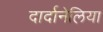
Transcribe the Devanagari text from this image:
दार्दानेलिया